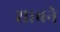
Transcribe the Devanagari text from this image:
साबने